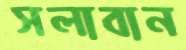
সলাবান